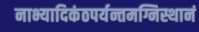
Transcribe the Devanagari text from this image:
नाभ्यादिकंठपर्यन्तमग्निस्थानं